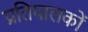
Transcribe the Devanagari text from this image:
प्रतिपालकों